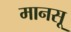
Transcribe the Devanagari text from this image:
मानसू